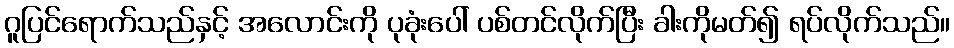
ဂူပြင်ရောက်သည်နှင့် အလောင်းကို ပုခုံးပေါ် ပစ်တင်လိုက်ပြီး ခါးကိုမတ်၍ ရပ်လိုက်သည်။